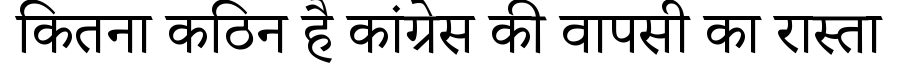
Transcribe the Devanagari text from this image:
कितना कठिन है कांग्रेस की वापसी का रास्ता